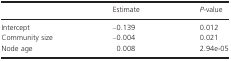
<table><thead><tr><td></td><td><b>Estimate</b></td><td><b><i>P</i>-value</b></td></tr></thead><tbody><tr><td>Intercept</td><td>–0.139</td><td>0.012</td></tr><tr><td>Community size</td><td>–0.004</td><td>0.021</td></tr><tr><td>Node age</td><td>0.008</td><td>2.94e-05</td></tr></tbody></table>